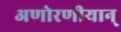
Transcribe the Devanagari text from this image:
अणोरणीयान्‌